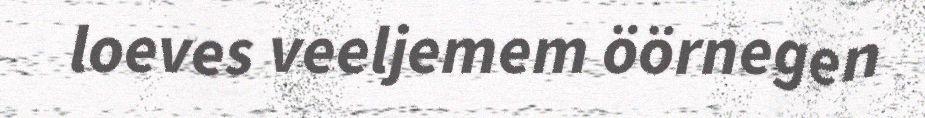
loeves veeljemem öörnegen